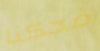
ضحكنا